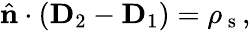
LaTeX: \hat{\mathbf{n}}\cdot(\mathbf{D}_{2}-\mathbf{D}_{1})=\rho_{\mathrm{~s~}},